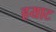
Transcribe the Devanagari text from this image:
हयाट